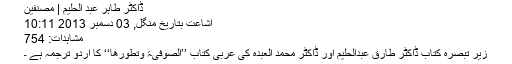
ڈاکٹر طاہر عبد الحلیم | مصنفین
اشاعت بتاریخ منگل, 03 دسمبر 2013 10:11
مشاہدات: 754
زیر تبصرہ کتاب ڈاکٹر طارق عبدالحلیم اور ڈاکٹر محمد العبدہ کی عربی کتاب ’’الصوفیۃ وتطورھا‘‘ کا اردو ترجمہ ہے ۔